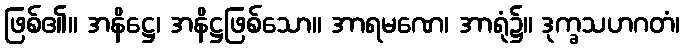
ဖြစ်၏။ အနိဋ္ဌေ၊ အနိဋ္ဌဖြစ်သော။ အာရမဏေ၊ အာရုံ၌။ ဒုက္ခသဟဂတံ၊